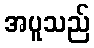
အပူသည်